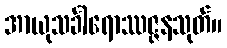
အာယုသင်္ခါရောဿဇ္ဇနသုတ်။